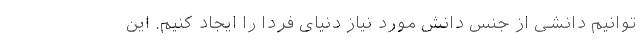
توانیم دانشی از جنس دانش مورد نیاز دنیای فردا را ایجاد کنیم. این